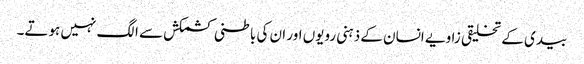
بیدی کے تخلیقی زاویے انسان کے ذہنی رویوں اور ان کی باطنی کشمکش سے الگ نہیں ہوتے۔